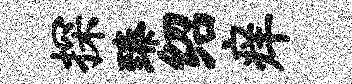
探臻绍痒